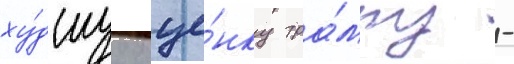
ху́дшуу оце́нку тра́мпу -